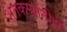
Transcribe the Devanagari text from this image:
शेतकऱ्यांनीही